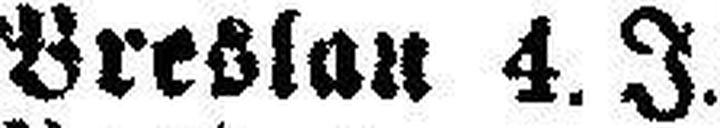
Breslau 4. J.